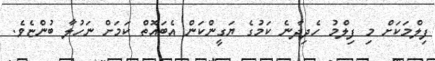
ފިލްމަކަށް މި ފިލްމު ހެދިދާނެ ކަމުގެ ޔަގީންކަން އެބައޮތް ކަމަށް ނަހުލާ ބުންޏެވެ.